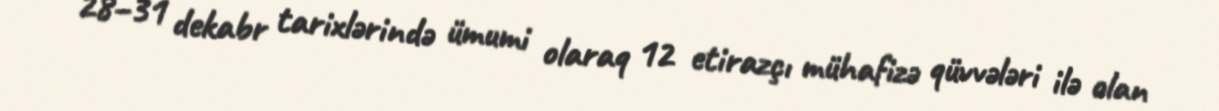
28–31 dekabr tarixlərində ümumi olaraq 12 etirazçı mühafizə qüvvələri ilə olan